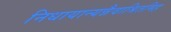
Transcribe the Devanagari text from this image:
निधायान्यन्नैवाश्रितमिह